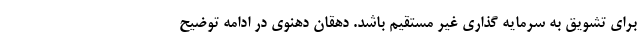
برای تشویق به سرمایه گذاری غیر مستقیم باشد. دهقان دهنوی در ادامه توضیح